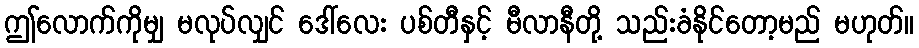
ဤလောက်ကိုမျှ မလုပ်လျှင် ဒေါ်လေး ပစ်တီနှင့် မီလာနီတို့ သည်းခံနိုင်တော့မည် မဟုတ်။